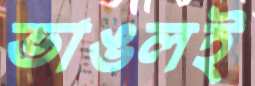
ভাঙলই